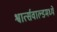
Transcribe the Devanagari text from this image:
श्वार्त्सवाल्डमध्ये